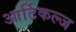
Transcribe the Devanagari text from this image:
आर्टिकल्ज